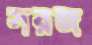
সরজ